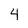
Character: 4